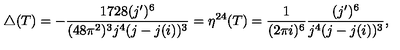
\triangle ( T ) = - \frac { 1 7 2 8 ( j ^ { \prime } ) ^ { 6 } } { ( 4 8 \pi ^ { 2 } ) ^ { 3 } j ^ { 4 } ( j - j ( i ) ) ^ { 3 } } = \eta ^ { 2 4 } ( T ) = \frac { 1 } { ( 2 \pi i ) ^ { 6 } } \frac { ( j ^ { \prime } ) ^ { 6 } } { j ^ { 4 } ( j - j ( i ) ) ^ { 3 } } ,